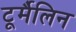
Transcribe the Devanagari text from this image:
टूर्मैलिन